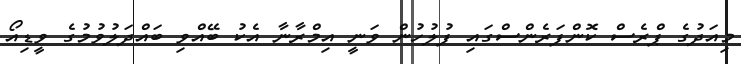
މިއަދުގެ ޕްރެސް ކޮންފަރެންސްގައި ފުލުހުން ވަނީ އިމްރާނާ އެކު ބޭއްވި ބައްދަލުވުމުގެ ވީޑިއޯ